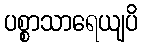
ပစ္စာသာရေယျပိ